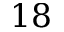
1 8